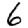
Digit: 6